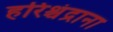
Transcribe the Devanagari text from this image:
हरिश्चंद्राना